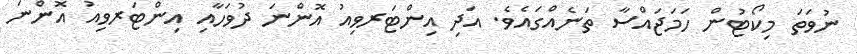
ނުވަތަ މިކޯޓުން ހަމަޖައްސާ ތަނެއްގައެވެ. އަދި އިންޓަރވިއު އޮންނަ ދުވަހާއި އިންޓަރވިއު އޮންނަ